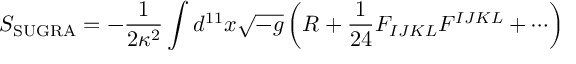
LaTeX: S _ { \mathrm { S U G R A } } = - { \frac { 1 } { 2 \kappa ^ { 2 } } } \int d ^ { 1 1 } x \sqrt { - g } \left( R + { \frac { 1 } { 2 4 } } F _ { I J K L } F ^ { I J K L } + \cdots \right)